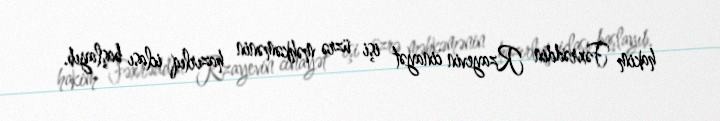
hakim Fəxrəddin Rzayevin cinayət işi üzrə məhkəmənin hazırlıq iclası başlayıb.